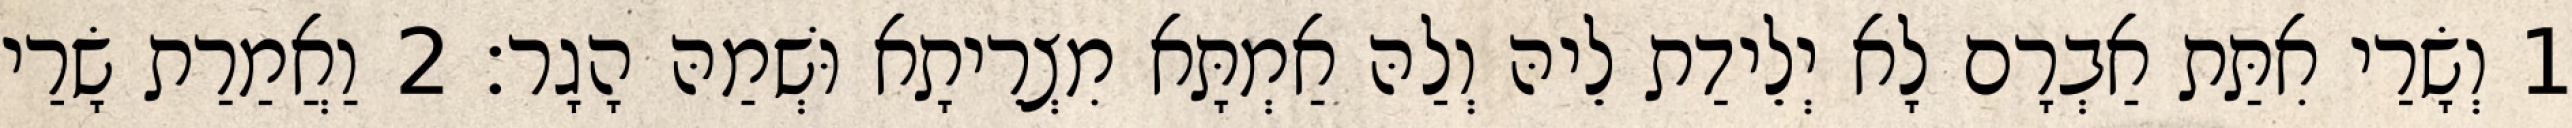
1 וְשָׂרַי אִתַּת אַבְרָם לָא יְלֵידַת לֵיהּ וְלַהּ אַמְתָּא מִצְרֵיתָא וּשְׁמַהּ הָגָר׃ 2 וַאֲמַרַת שָׂרַי